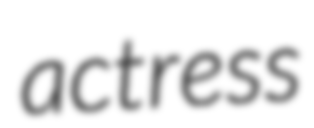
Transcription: actress